65_HS1-834228961_62-HQ-83894_Serial_130
Agency: FBI
Page 107
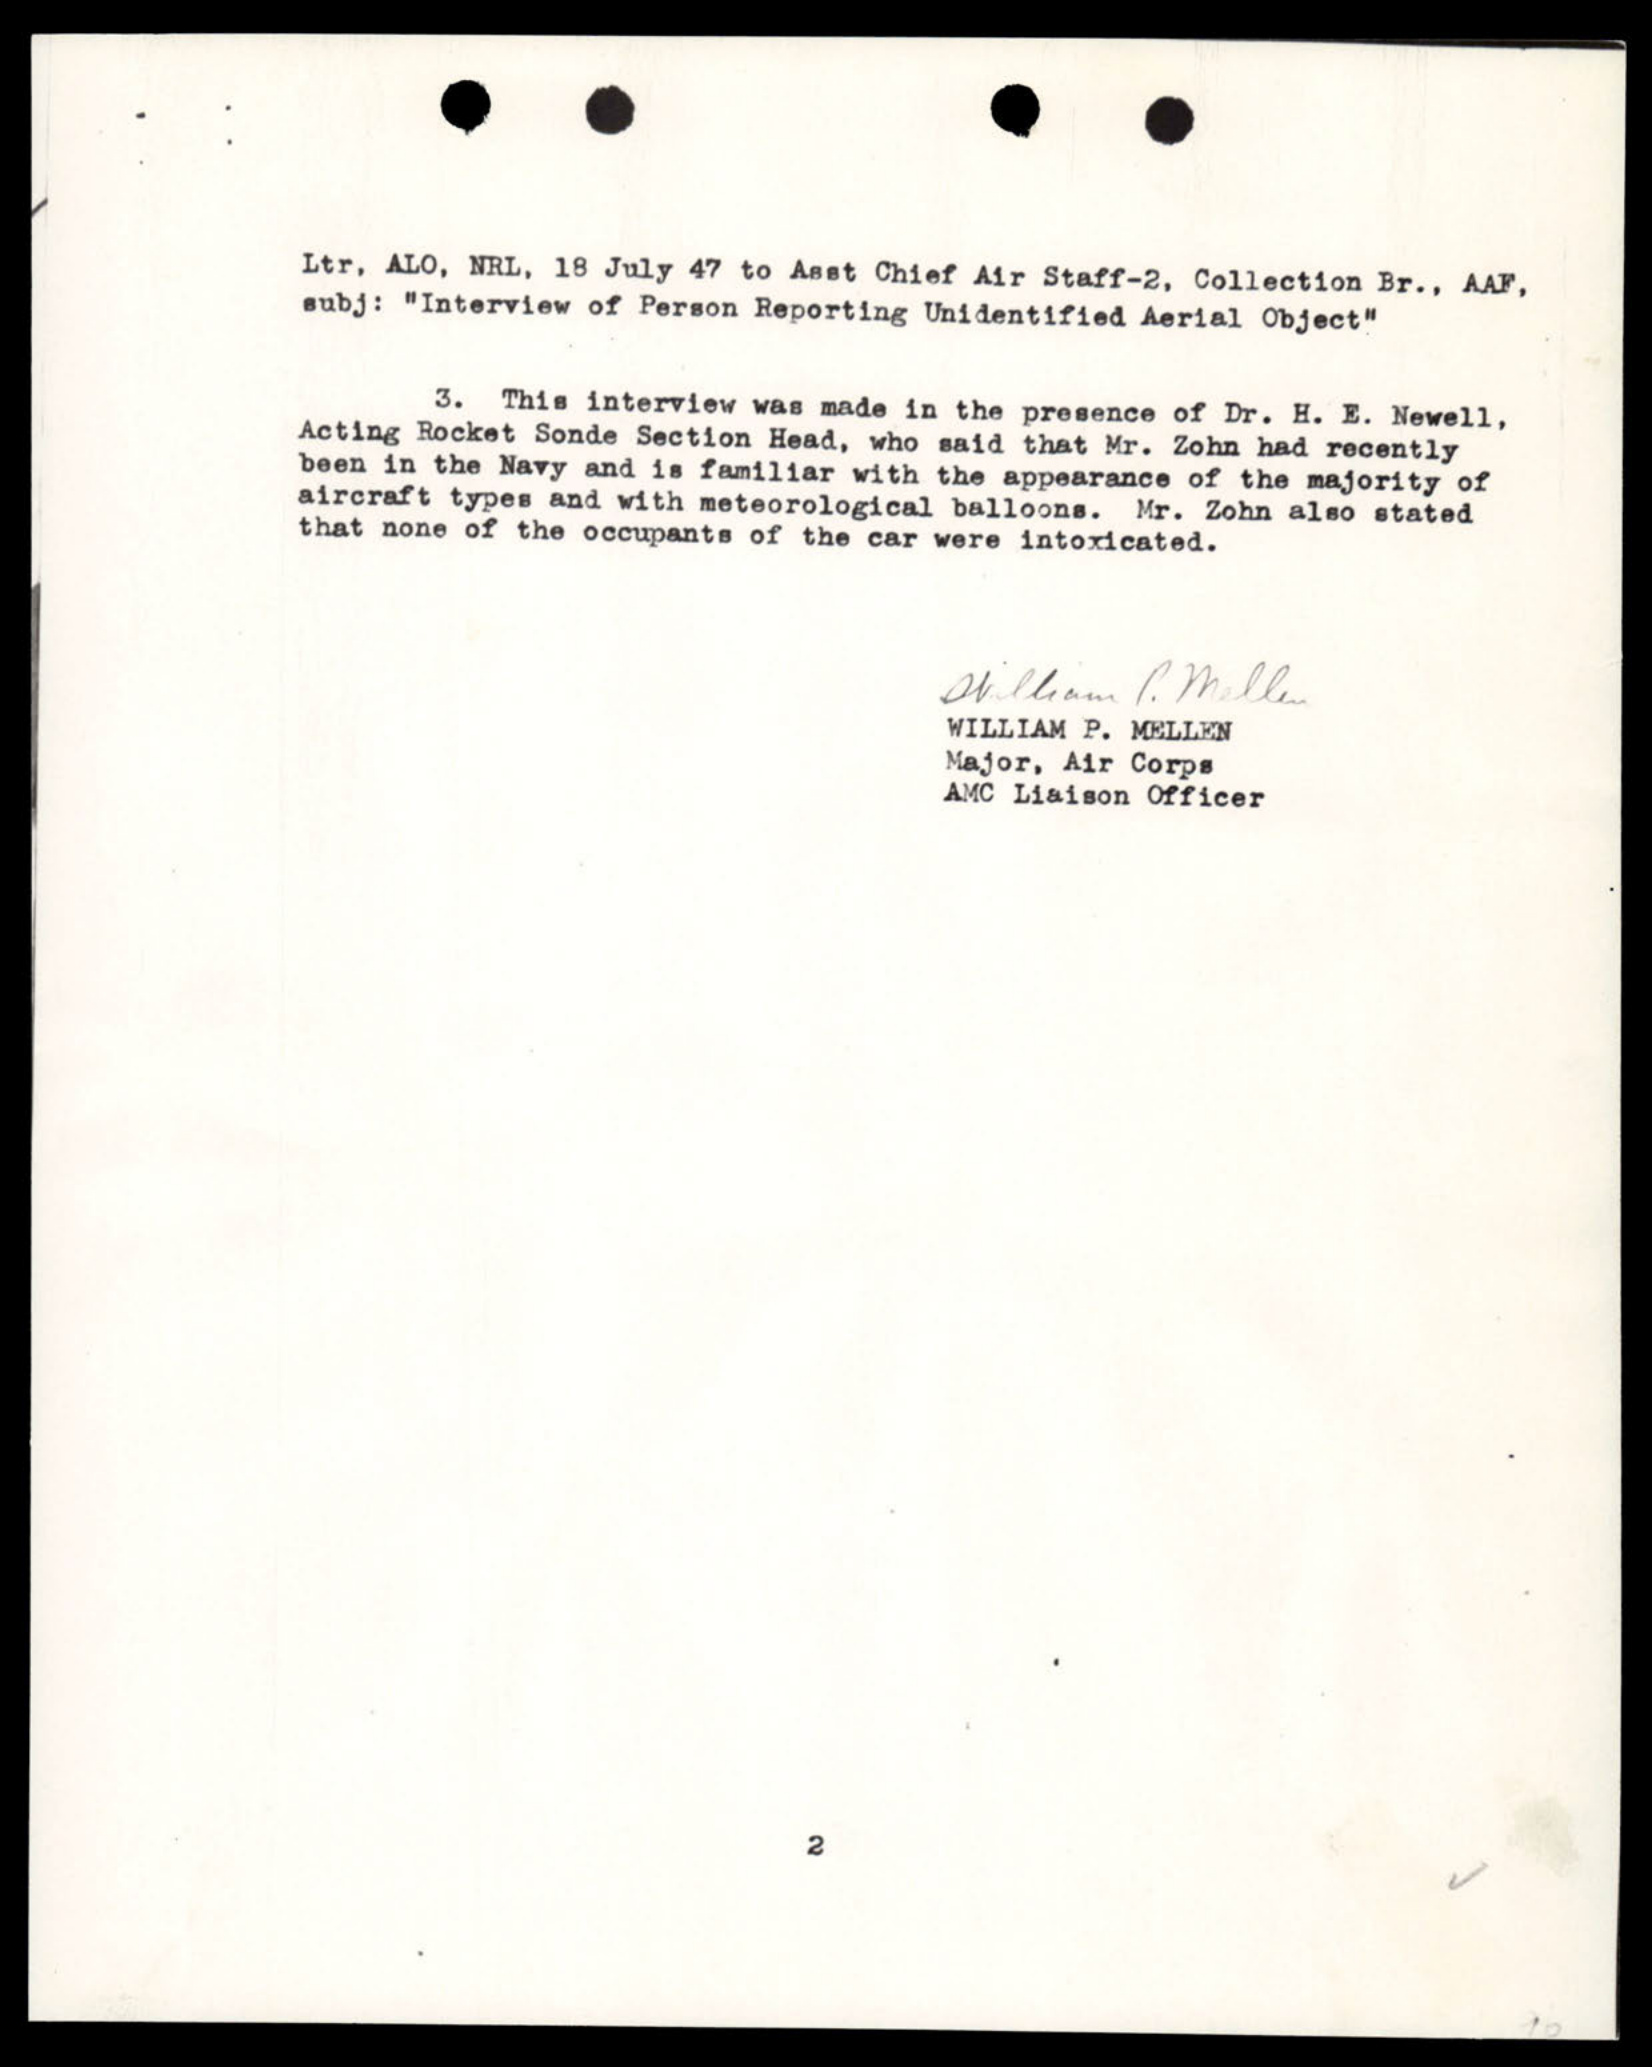